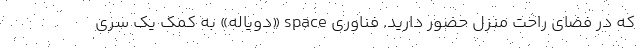
که در فضای راحت منزل حضور دارید. فناوری space «دویاله» به کمک یک سری